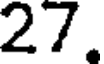
27.